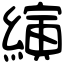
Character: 縯